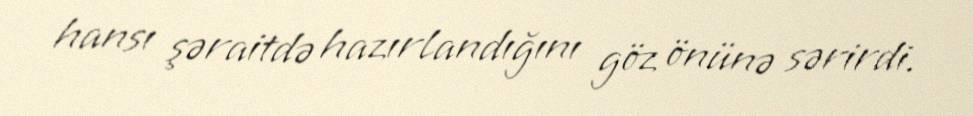
hansı şəraitdə hazırlandığını göz önünə sərirdi.